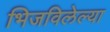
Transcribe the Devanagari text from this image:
भिजविलेल्या